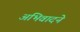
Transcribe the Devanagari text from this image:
अभिवादने